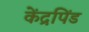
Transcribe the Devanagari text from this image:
केंद्रपिंड